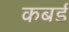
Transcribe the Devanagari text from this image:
कबर्ड